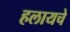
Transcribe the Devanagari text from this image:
हलायचे